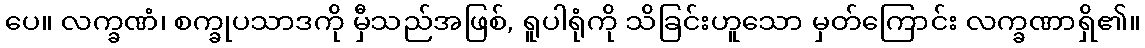
ပေ။ လက္ခဏံ၊ စက္ခုပသာဒကို မှီသည်အဖြစ်, ရူပါရုံကို သိခြင်းဟူသော မှတ်ကြောင်း လက္ခဏာရှိ၏။